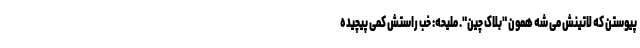
پیوستن که لاتینش می شه همون "بلاک چین". ملیحه: خب راستش کمی پیچیده